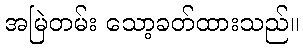
အမြဲတမ်း သော့ခတ်ထားသည်။